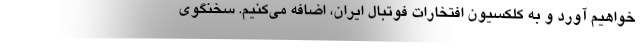
خواهیم آورد و به کلکسیون افتخارات فوتبال ایران، اضافه می‌کنیم. سخنگوی